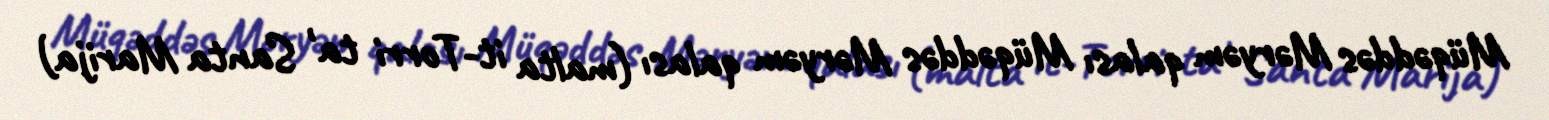
Müqəddəs Məryəm qalası Müqəddəs Məryəm qalası (malta it-Torri ta' Santa Marija)